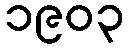
၁၉၀၃